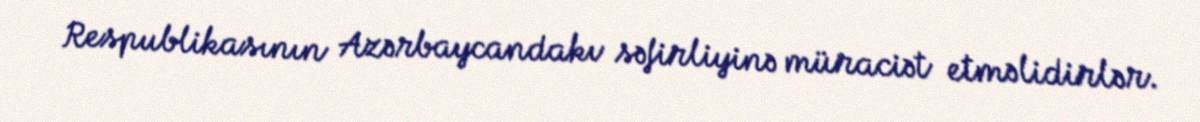
Respublikasının Azərbaycandakı səfirliyinə müraciət etməlidirlər.